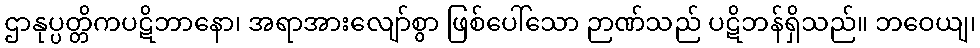
ဌာနုပ္ပတ္တိကပဋိဘာနော၊ အရာအားလျော်စွာ ဖြစ်ပေါ်သော ဉာဏ်သည် ပဋိဘန်ရှိသည်။ ဘဝေယျ၊